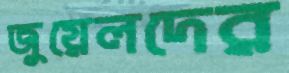
জুয়েলদের